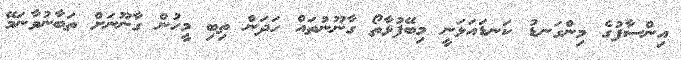
އިންސާފުގެ މިންގަނޑު ކަނޑައަޅަނީ މިބޭފުޅާތޯ ގާނޫނުތައް ހަދަން ތިބި މީހުން ގާނޫނަށް ތަބާނުވާނަމޭ